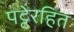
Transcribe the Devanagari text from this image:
पट्टेरहित